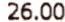
26.00